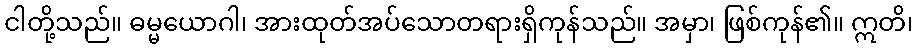
ငါတို့သည်။ ဓမ္မယောဂါ၊ အားထုတ်အပ်သောတရားရှိကုန်သည်။ အမှာ၊ ဖြစ်ကုန်၏။ ဣတိ၊